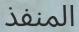
المنفذ